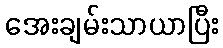
အေးချမ်းသာယာပြီး